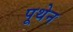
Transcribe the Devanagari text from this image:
पूथेन